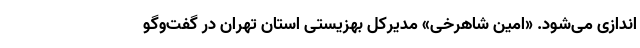
‌اندازی می‌شود. «امین شاهرخی» مدیرکل بهزیستی استان تهران در گفت‌وگو